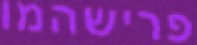
פרישהמו